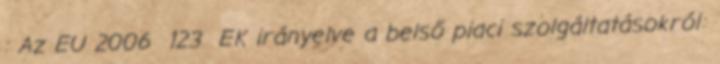
: Az EU 2006 123 EK irányelve a belső piaci szolgáltatásokról: